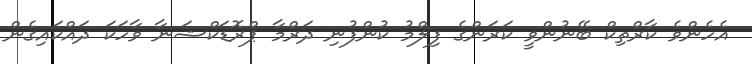
އެހެންވެ ކާރްތިކް ބޭނުންވީ ކަރަންގެ ފިލްމު ކުންފުނި ދަރްމާ ޕްރޮޑަކްޝަނާ ވާހަކަ ދައްކައިގެން